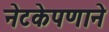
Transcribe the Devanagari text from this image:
नेटकेपणाने